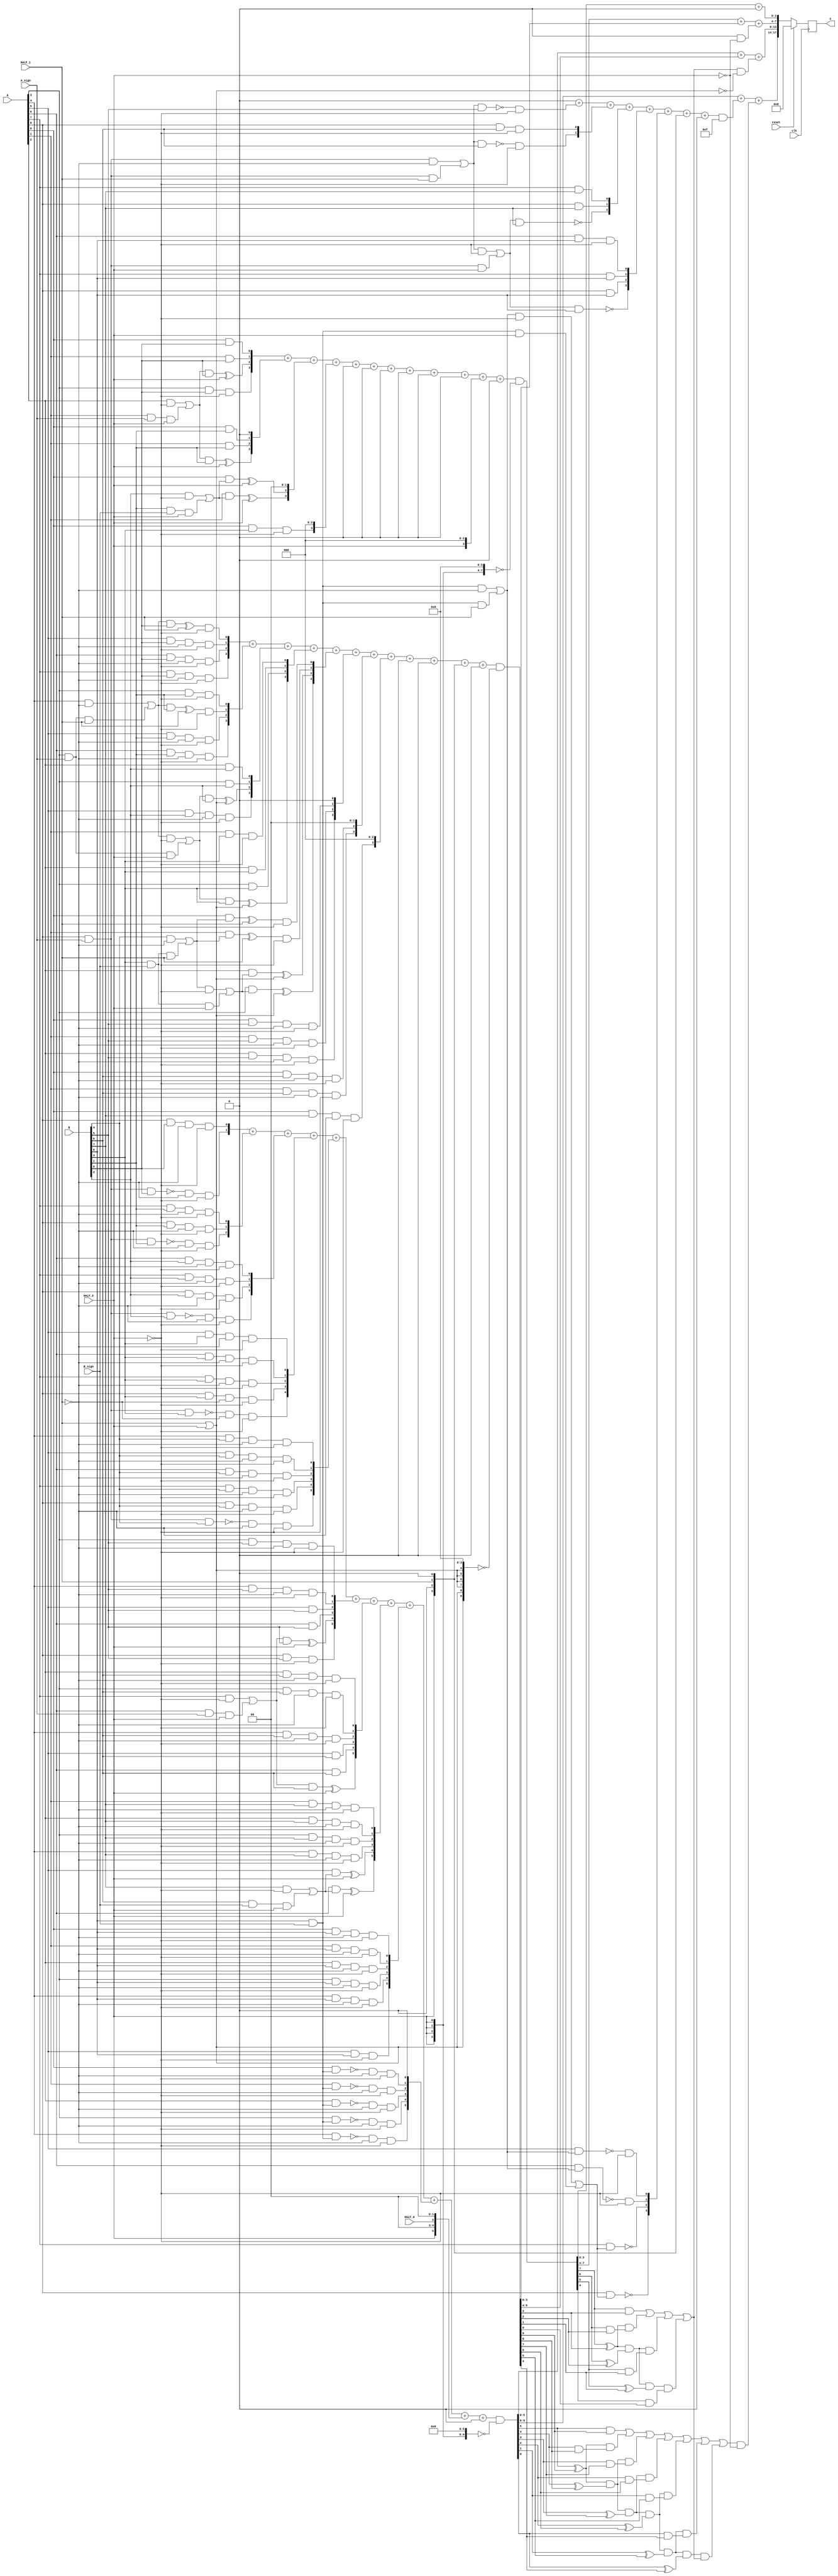
module multiplier_S_C3x2_F2_9bits_9bits_HighLevelDescribed_auto(
		input clk,
		input reset,

		input [A_chop_size-1:0] A,
		input [B_chop_size-1:0] B,

		input A_sign,
		input B_sign,

		input HALF_0,	// a selector bit to switch computation to half mode level 0
		input HALF_1,	// a selector bit to switch computation to half mode level 1
		input HALF_2,	// a selector bit to switch computation to half mode level 2

		output reg [A_chop_size+B_chop_size-1:0] C
	);

parameter A_chop_size = 9;
parameter B_chop_size = 9;

// to support both signed and unsigned multiplication
// sign extension regarding extra sign identifier
wire A_extended_level0_0;
wire B_extended_level0_0;
assign A_extended_level0_0 = (A[8])&(A_sign);
assign B_extended_level0_0 = (B[8])&(B_sign);

wire A_extended_level1_0;
wire B_extended_level1_0;
assign A_extended_level1_0 = (A[8])&(A_sign);
assign B_extended_level1_0 = (B[8])&(B_sign);
wire A_extended_level1_1;
wire B_extended_level1_1;
assign A_extended_level1_1 = (A[3])&(A_sign);
assign B_extended_level1_1 = (B[3])&(B_sign);

wire A_extended_level2_0;
wire B_extended_level2_0;
assign A_extended_level2_0 = (A[8])&(A_sign);
assign B_extended_level2_0 = (B[8])&(B_sign);
wire A_extended_level2_1;
wire B_extended_level2_1;
assign A_extended_level2_1 = (A[6])&(A_sign);
assign B_extended_level2_1 = (B[6])&(B_sign);
wire A_extended_level2_2;
wire B_extended_level2_2;
assign A_extended_level2_2 = (A[3])&(A_sign);
assign B_extended_level2_2 = (B[3])&(B_sign);
wire A_extended_level2_3;
wire B_extended_level2_3;
assign A_extended_level2_3 = (A[1])&(A_sign);
assign B_extended_level2_3 = (B[1])&(B_sign);


reg [A_chop_size:0] PP [B_chop_size:0];
always @(*) begin
	PP[0][0] = (A[0])&(B[0]);
	PP[0][1] = (A[1])&(B[0]);
	PP[0][2] = ((((A[2])&(~(HALF_2)))|((A_extended_level2_3)&(HALF_2)))&(B[0]))^(HALF_2);
	PP[0][3] = ((A[3])&(B[0]))&(~(HALF_2));
	PP[0][4] = (((((A[4])&(~(HALF_1)))|((A_extended_level1_1)&(HALF_1)))&(B[0]))^(HALF_1))&(~(HALF_2));
	PP[0][5] = (((A[5])&(B[0]))&(~(HALF_1)))&(~(HALF_2));
	PP[0][6] = (((A[6])&(B[0]))&(~(HALF_1)))&(~(HALF_2));
	PP[0][7] = (((A[7])&(B[0]))&(~(HALF_1)))&(~(HALF_2));
	PP[0][8] = (((A[8])&(B[0]))&(~(HALF_1)))&(~(HALF_2));
	PP[0][9] = ((~((A_extended_level0_0)&(B[0])))&(~(HALF_1)))&(~(HALF_2));
	PP[1][0] = (A[0])&(B[1]);
	PP[1][1] = (A[1])&(B[1]);
	PP[1][2] = ((((A[2])&(~(HALF_2)))|((A_extended_level2_3)&(HALF_2)))&(B[1]))^(HALF_2);
	PP[1][3] = ((A[3])&(B[1]))&(~(HALF_2));
	PP[1][4] = (((((A[4])&(~(HALF_1)))|((A_extended_level1_1)&(HALF_1)))&(B[1]))^(HALF_1))&(~(HALF_2));
	PP[1][5] = (((A[5])&(B[1]))&(~(HALF_1)))&(~(HALF_2));
	PP[1][6] = (((A[6])&(B[1]))&(~(HALF_1)))&(~(HALF_2));
	PP[1][7] = (((A[7])&(B[1]))&(~(HALF_1)))&(~(HALF_2));
	PP[1][8] = (((A[8])&(B[1]))&(~(HALF_1)))&(~(HALF_2));
	PP[1][9] = ((~((A_extended_level0_0)&(B[1])))&(~(HALF_1)))&(~(HALF_2));
	PP[2][0] = ((A[0])&(((B[2])&(~(HALF_2)))|((B_extended_level2_3)&(HALF_2))))^(HALF_2);
	PP[2][1] = ((A[1])&(((B[2])&(~(HALF_2)))|((B_extended_level2_3)&(HALF_2))))^(HALF_2);
	PP[2][2] = (A[2])&(B[2]);
	PP[2][3] = (A[3])&(B[2]);
	PP[2][4] = ((((((A[4])&(~(HALF_1)))|((A_extended_level1_1)&(HALF_1)))&(~(HALF_2)))|((A_extended_level2_2)&(HALF_2)))&(B[2]))^((HALF_1)|(HALF_2));
	PP[2][5] = (((A[5])&(B[2]))&(~(HALF_1)))&(~(HALF_2));
	PP[2][6] = (((A[6])&(B[2]))&(~(HALF_1)))&(~(HALF_2));
	PP[2][7] = (((A[7])&(B[2]))&(~(HALF_1)))&(~(HALF_2));
	PP[2][8] = (((A[8])&(B[2]))&(~(HALF_1)))&(~(HALF_2));
	PP[2][9] = ((~((A_extended_level0_0)&(B[2])))&(~(HALF_1)))&(~(HALF_2));
	PP[3][0] = ((A[0])&(B[3]))&(~(HALF_2));
	PP[3][1] = ((A[1])&(B[3]))&(~(HALF_2));
	PP[3][2] = (A[2])&(B[3]);
	PP[3][3] = (A[3])&(B[3]);
	PP[3][4] = ((((((A[4])&(~(HALF_1)))|((A_extended_level1_1)&(HALF_1)))&(~(HALF_2)))|((A_extended_level2_2)&(HALF_2)))&(B[3]))^((HALF_1)|(HALF_2));
	PP[3][5] = (((A[5])&(B[3]))&(~(HALF_1)))&(~(HALF_2));
	PP[3][6] = (((A[6])&(B[3]))&(~(HALF_1)))&(~(HALF_2));
	PP[3][7] = (((A[7])&(B[3]))&(~(HALF_1)))&(~(HALF_2));
	PP[3][8] = (((A[8])&(B[3]))&(~(HALF_1)))&(~(HALF_2));
	PP[3][9] = ((~((A_extended_level0_0)&(B[3])))&(~(HALF_1)))&(~(HALF_2));
	PP[4][0] = (((A[0])&(((B[4])&(~(HALF_1)))|((B_extended_level1_1)&(HALF_1))))^(HALF_1))&(~(HALF_2));
	PP[4][1] = (((A[1])&(((B[4])&(~(HALF_1)))|((B_extended_level1_1)&(HALF_1))))^(HALF_1))&(~(HALF_2));
	PP[4][2] = ((A[2])&(((((B[4])&(~(HALF_1)))|((B_extended_level1_1)&(HALF_1)))&(~(HALF_2)))|((B_extended_level2_2)&(HALF_2))))^((HALF_1)|(HALF_2));
	PP[4][3] = ((A[3])&(((((B[4])&(~(HALF_1)))|((B_extended_level1_1)&(HALF_1)))&(~(HALF_2)))|((B_extended_level2_2)&(HALF_2))))^((HALF_1)|(HALF_2));
	PP[4][4] = (((A[4])&(B[4]))&(~(HALF_1)))&(~(HALF_2));
	PP[4][5] = (((A[5])&(B[4]))&(~(HALF_1)))&(~(HALF_2));
	PP[4][6] = (((A[6])&(B[4]))&(~(HALF_1)))&(~(HALF_2));
	PP[4][7] = (((A[7])&(B[4]))&(~(HALF_1)))&(~(HALF_2));
	PP[4][8] = (((A[8])&(B[4]))&(~(HALF_1)))&(~(HALF_2));
	PP[4][9] = ((~((A_extended_level0_0)&(B[4])))&(~(HALF_1)))&(~(HALF_2));
	PP[5][0] = (((A[0])&(B[5]))&(~(HALF_1)))&(~(HALF_2));
	PP[5][1] = (((A[1])&(B[5]))&(~(HALF_1)))&(~(HALF_2));
	PP[5][2] = (((A[2])&(B[5]))&(~(HALF_1)))&(~(HALF_2));
	PP[5][3] = (((A[3])&(B[5]))&(~(HALF_1)))&(~(HALF_2));
	PP[5][4] = (((A[4])&(B[5]))&(~(HALF_1)))&(~(HALF_2));
	PP[5][5] = (A[5])&(B[5]);
	PP[5][6] = (A[6])&(B[5]);
	PP[5][7] = ((((A[7])&(~(HALF_2)))|((A_extended_level2_1)&(HALF_2)))&(B[5]))^(HALF_2);
	PP[5][8] = ((A[8])&(B[5]))&(~(HALF_2));
	PP[5][9] = (~((((A_extended_level0_0)&(~(HALF_1)))|((A_extended_level1_0)&(HALF_1)))&(B[5])))&(~(HALF_2));
	PP[6][0] = (((A[0])&(B[6]))&(~(HALF_1)))&(~(HALF_2));
	PP[6][1] = (((A[1])&(B[6]))&(~(HALF_1)))&(~(HALF_2));
	PP[6][2] = (((A[2])&(B[6]))&(~(HALF_1)))&(~(HALF_2));
	PP[6][3] = (((A[3])&(B[6]))&(~(HALF_1)))&(~(HALF_2));
	PP[6][4] = (((A[4])&(B[6]))&(~(HALF_1)))&(~(HALF_2));
	PP[6][5] = (A[5])&(B[6]);
	PP[6][6] = (A[6])&(B[6]);
	PP[6][7] = ((((A[7])&(~(HALF_2)))|((A_extended_level2_1)&(HALF_2)))&(B[6]))^(HALF_2);
	PP[6][8] = ((A[8])&(B[6]))&(~(HALF_2));
	PP[6][9] = (~((((A_extended_level0_0)&(~(HALF_1)))|((A_extended_level1_0)&(HALF_1)))&(B[6])))&(~(HALF_2));
	PP[7][0] = (((A[0])&(B[7]))&(~(HALF_1)))&(~(HALF_2));
	PP[7][1] = (((A[1])&(B[7]))&(~(HALF_1)))&(~(HALF_2));
	PP[7][2] = (((A[2])&(B[7]))&(~(HALF_1)))&(~(HALF_2));
	PP[7][3] = (((A[3])&(B[7]))&(~(HALF_1)))&(~(HALF_2));
	PP[7][4] = (((A[4])&(B[7]))&(~(HALF_1)))&(~(HALF_2));
	PP[7][5] = ((A[5])&(((B[7])&(~(HALF_2)))|((B_extended_level2_1)&(HALF_2))))^(HALF_2);
	PP[7][6] = ((A[6])&(((B[7])&(~(HALF_2)))|((B_extended_level2_1)&(HALF_2))))^(HALF_2);
	PP[7][7] = (A[7])&(B[7]);
	PP[7][8] = (A[8])&(B[7]);
	PP[7][9] = ~((((((A_extended_level0_0)&(~(HALF_1)))|((A_extended_level1_0)&(HALF_1)))&(~(HALF_2)))|((A_extended_level2_0)&(HALF_2)))&(B[7]));
	PP[8][0] = (((A[0])&(B[8]))&(~(HALF_1)))&(~(HALF_2));
	PP[8][1] = (((A[1])&(B[8]))&(~(HALF_1)))&(~(HALF_2));
	PP[8][2] = (((A[2])&(B[8]))&(~(HALF_1)))&(~(HALF_2));
	PP[8][3] = (((A[3])&(B[8]))&(~(HALF_1)))&(~(HALF_2));
	PP[8][4] = (((A[4])&(B[8]))&(~(HALF_1)))&(~(HALF_2));
	PP[8][5] = ((A[5])&(B[8]))&(~(HALF_2));
	PP[8][6] = ((A[6])&(B[8]))&(~(HALF_2));
	PP[8][7] = (A[7])&(B[8]);
	PP[8][8] = (A[8])&(B[8]);
	PP[8][9] = ~((((((A_extended_level0_0)&(~(HALF_1)))|((A_extended_level1_0)&(HALF_1)))&(~(HALF_2)))|((A_extended_level2_0)&(HALF_2)))&(B[8]));
	PP[9][0] = ((~((A[0])&(B_extended_level0_0)))&(~(HALF_1)))&(~(HALF_2));
	PP[9][1] = ((~((A[1])&(B_extended_level0_0)))&(~(HALF_1)))&(~(HALF_2));
	PP[9][2] = ((~((A[2])&(B_extended_level0_0)))&(~(HALF_1)))&(~(HALF_2));
	PP[9][3] = ((~((A[3])&(B_extended_level0_0)))&(~(HALF_1)))&(~(HALF_2));
	PP[9][4] = ((~((A[4])&(B_extended_level0_0)))&(~(HALF_1)))&(~(HALF_2));
	PP[9][5] = (~((A[5])&(((B_extended_level0_0)&(~(HALF_1)))|((B_extended_level1_0)&(HALF_1)))))&(~(HALF_2));
	PP[9][6] = (~((A[6])&(((B_extended_level0_0)&(~(HALF_1)))|((B_extended_level1_0)&(HALF_1)))))&(~(HALF_2));
	PP[9][7] = ~((A[7])&(((((B_extended_level0_0)&(~(HALF_1)))|((B_extended_level1_0)&(HALF_1)))&(~(HALF_2)))|((B_extended_level2_0)&(HALF_2))));
	PP[9][8] = ~((A[8])&(((((B_extended_level0_0)&(~(HALF_1)))|((B_extended_level1_0)&(HALF_1)))&(~(HALF_2)))|((B_extended_level2_0)&(HALF_2))));
	PP[9][9] = (A_extended_level0_0)&(B_extended_level0_0);
end

// sum of PPs
integer j;
integer i_0;
integer i_1;
integer i_2;
integer i_3;

wire [18:0] Baugh_Wooley_0;
assign Baugh_Wooley_0 = {{1'b0},{(HALF_2)|(1'b0)},{1'b0},{(HALF_1)|(1'b0)},{1'b0},{(HALF_2)|(1'b0)},{1'b0},{1'b0},{(HALF_0)|(1'b0)},{1'b0},{1'b0},{(HALF_2)|(1'b0)},{1'b0},{(HALF_1)|(1'b0)},{1'b0},{(HALF_2)|(1'b0)},{1'b0},{1'b0},{1'b0}};
wire [18:0] Baugh_Wooley_1;
assign Baugh_Wooley_1 = {{1'b0},{1'b0},{1'b0},{1'b0},{1'b0},{1'b0},{1'b0},{1'b0},{1'b0},{1'b0},{1'b0},{1'b0},{1'b0},{1'b0},{1'b0},{1'b0},{1'b0},{1'b0},{1'b0}};

reg [18:0] PP_temp [9:0];
always @(*) begin
	for (j = 0; j < (B_chop_size +1); j = j + 1 ) begin
		PP_temp[j] = 19'b0 ;
	end
	for (j = 0; j < (B_chop_size +1); j = j + 1 ) begin
		PP_temp[j] = (PP[j] << j);
	end
end

reg [17:0] C_temp_0;
reg [17:0] C_temp_1;
reg [17:0] C_0;
reg [17:0] C_1;
always @(*) begin
	C_temp_1 [3:0] = 4'b0;
	C_1 [3:0] = C_temp_1 [3:0];
	C_temp_0[7:0] = PP_temp[0][3: 0] + PP_temp[1][3: 0] + PP_temp[2][3: 0] + PP_temp[3][3: 0] + PP_temp[4][3: 0] + PP_temp[5][3: 0] + PP_temp[6][3: 0] + PP_temp[7][3: 0] + PP_temp[8][3: 0] + PP_temp[9][3: 0] + Baugh_Wooley_0[3: 0] + Baugh_Wooley_1[3: 0];
	C_0[7:0] = (C_temp_0[7:0])&(~({{4{HALF_2}},{4{1'b0}}}));
	C_temp_1[13:4] = PP_temp[0][7: 4] + PP_temp[1][7: 4] + PP_temp[2][7: 4] + PP_temp[3][7: 4] + PP_temp[4][7: 4] + PP_temp[5][7: 4] + PP_temp[6][7: 4] + PP_temp[7][7: 4] + PP_temp[8][7: 4] + PP_temp[9][7: 4] + Baugh_Wooley_0[7: 4] + Baugh_Wooley_1[7: 4];
	C_1[13:4] = (C_temp_1[13:4])&(~({{6{(HALF_1)|(HALF_2)}},{4{1'b0}}}));
	C_temp_0[17:8] = PP_temp[0][13: 8] + PP_temp[1][13: 8] + PP_temp[2][13: 8] + PP_temp[3][13: 8] + PP_temp[4][13: 8] + PP_temp[5][13: 8] + PP_temp[6][13: 8] + PP_temp[7][13: 8] + PP_temp[8][13: 8] + PP_temp[9][13: 8] + Baugh_Wooley_0[13: 8] + Baugh_Wooley_1[13: 8];
	C_0[17:8] = (C_temp_0[17:8])&(~({{4{HALF_2}},{6{1'b0}}}));
	C_temp_1[17:14] = PP_temp[0][17: 14] + PP_temp[1][17: 14] + PP_temp[2][17: 14] + PP_temp[3][17: 14] + PP_temp[4][17: 14] + PP_temp[5][17: 14] + PP_temp[6][17: 14] + PP_temp[7][17: 14] + PP_temp[8][17: 14] + PP_temp[9][17: 14] + Baugh_Wooley_0[17: 14] + Baugh_Wooley_1[17: 14];
	C_1[17:14] = (C_temp_1[17:14])&(~({{0{((HALF_0)|(HALF_1))|(HALF_2)}},{4{1'b0}}}));
end

reg C_carry_temp_0;
reg C_carry_temp_1;
reg C_carry_temp_2;
reg signed [A_chop_size+B_chop_size-1:0] C_temp;
always @(*) begin
	C_temp[3: 0] = C_0[3: 0] + C_1[3: 0];
	C_carry_temp_0 = ((((C_0[3])&(C_1[3])))|(((C_0[3])^(C_1[3]))&((C_0[2])&(C_1[2])))|(((C_0[3])^(C_1[3]))&((C_0[2])^(C_1[2]))&((C_0[1])&(C_1[1])))|(((C_0[3])^(C_1[3]))&((C_0[2])^(C_1[2]))&((C_0[1])^(C_1[1]))&((C_0[0])&(C_1[0])))|(((C_0[3])^(C_1[3]))&((C_0[2])^(C_1[2]))&((C_0[1])^(C_1[1]))&((C_0[0])^(C_1[0]))&(1'b0)));
	C_temp[7: 4] = C_0[7: 4] + C_1[7: 4] + ((C_carry_temp_0)&(~(HALF_2)));
	C_carry_temp_1 = ((((C_0[7])&(C_1[7])))|(((C_0[7])^(C_1[7]))&((C_0[6])&(C_1[6])))|(((C_0[7])^(C_1[7]))&((C_0[6])^(C_1[6]))&((C_0[5])&(C_1[5])))|(((C_0[7])^(C_1[7]))&((C_0[6])^(C_1[6]))&((C_0[5])^(C_1[5]))&((C_0[4])&(C_1[4])))|(((C_0[7])^(C_1[7]))&((C_0[6])^(C_1[6]))&((C_0[5])^(C_1[5]))&((C_0[4])^(C_1[4]))&C_carry_temp_0));
	C_temp[13: 8] = C_0[13: 8] + C_1[13: 8] + ((C_carry_temp_1)&(~((HALF_1)|(HALF_2))));
	C_carry_temp_2 = ((((C_0[13])&(C_1[13])))|(((C_0[13])^(C_1[13]))&((C_0[12])&(C_1[12])))|(((C_0[13])^(C_1[13]))&((C_0[12])^(C_1[12]))&((C_0[11])&(C_1[11])))|(((C_0[13])^(C_1[13]))&((C_0[12])^(C_1[12]))&((C_0[11])^(C_1[11]))&((C_0[10])&(C_1[10])))|(((C_0[13])^(C_1[13]))&((C_0[12])^(C_1[12]))&((C_0[11])^(C_1[11]))&((C_0[10])^(C_1[10]))&((C_0[9])&(C_1[9])))|(((C_0[13])^(C_1[13]))&((C_0[12])^(C_1[12]))&((C_0[11])^(C_1[11]))&((C_0[10])^(C_1[10]))&((C_0[9])^(C_1[9]))&((C_0[8])&(C_1[8])))|(((C_0[13])^(C_1[13]))&((C_0[12])^(C_1[12]))&((C_0[11])^(C_1[11]))&((C_0[10])^(C_1[10]))&((C_0[9])^(C_1[9]))&((C_0[8])^(C_1[8]))&C_carry_temp_1));
	C_temp[17: 14] = C_0[17: 14] + C_1[17: 14] + ((C_carry_temp_2)&(~(HALF_2)));
end
always @ (posedge clk) begin
	if(reset)
		C <= 0;
	else
		C <= C_temp[A_chop_size+B_chop_size-1:0];
end


endmodule